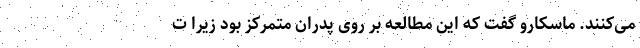
می‌کنند. ماسکارو گفت که این مطالعه بر روی پدران متمرکز بود زیرا ت